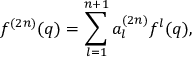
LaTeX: f ^ { ( 2 n ) } ( q ) = \sum _ { l = 1 } ^ { n + 1 } a _ { l } ^ { ( 2 n ) } f ^ { l } ( q ) ,